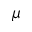
\mu